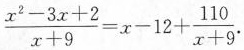
$$\frac { x ^ { 2 } - 3 x + 2 } { x + 9 } = x - 1 2 + \frac { 1 1 0 } { x + 9 }$$.